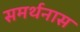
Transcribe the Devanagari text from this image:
समर्थनास